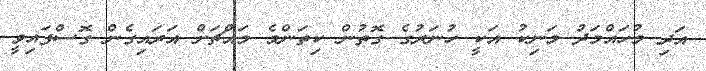
އަދި މުހައްމަދު މަނިކު އަކީ ހުނަރުގެ ގޮތުން ކިތަންމެ މައްޗަށް އަރައިގެން ގޮސްފައިވީ